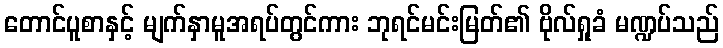
တောင်ပူစာနှင့် မျက်နှာမူအရပ်တွင်ကား ဘုရင်မင်းမြတ်၏ ဗိုလ်ရှုခံ မဏ္ဍပ်သည်